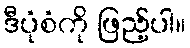
ဒီပုံစံကို ဖြည့်ပါ။